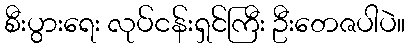
စီးပွားရေး လုပ်ငန်းရှင်ကြီး ဦးတေဇပါပဲ။